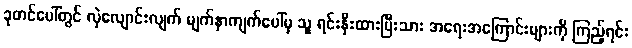
ခုတင်ပေါ်တွင် လှဲလျောင်းလျက် မျက်နှာကျက်ပေါ်မှ သူ ရင်းနှီးထားပြီးသား အရေးအကြောင်းများကို ကြည့်ရင်း